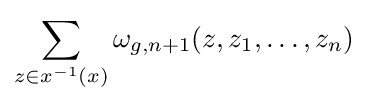
\sum _{z\in x^{-1}(x)}\omega _{g,n+1}(z,z_{1},\dots ,z_{n})